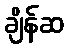
ချိန်ဆ